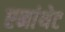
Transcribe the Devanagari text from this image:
एनांथेट